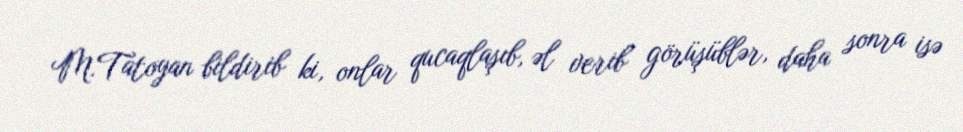
M.Tatoyan bildirib ki, onlar qucaqlaşıb, əl verib görüşüblər, daha sonra isə